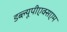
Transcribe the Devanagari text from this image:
डब्ल्यूपीएक्सएम